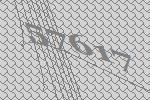
57617